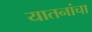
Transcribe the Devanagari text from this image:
यातनांचा